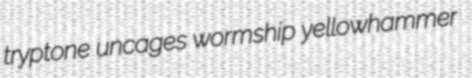
tryptone uncages wormship yellowhammer